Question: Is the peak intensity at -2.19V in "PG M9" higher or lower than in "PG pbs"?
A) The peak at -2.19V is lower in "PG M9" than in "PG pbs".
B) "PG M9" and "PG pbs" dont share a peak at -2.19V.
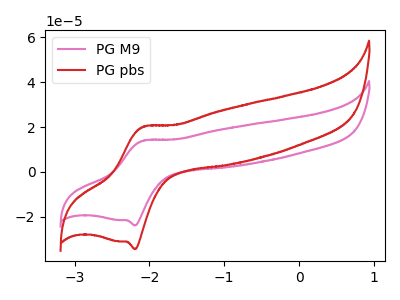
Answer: <think>The pink curve "PG M9" has an anodic peak at (-2.10V, 13.95uA) and a cathodic peak at (-2.20V, -23.75uA). The red curve "PG pbs" has an anodic peak at (-2.10V, 20.10uA) and a cathodic peak at (-2.20V, -34.30uA).</think>
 <answer>A) The peak at -2.19V is lower in "PG M9" than in "PG pbs".</answer>
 <eval>A</eval>